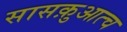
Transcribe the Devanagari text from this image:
सासक़ुआत्च